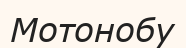
Мотонобу